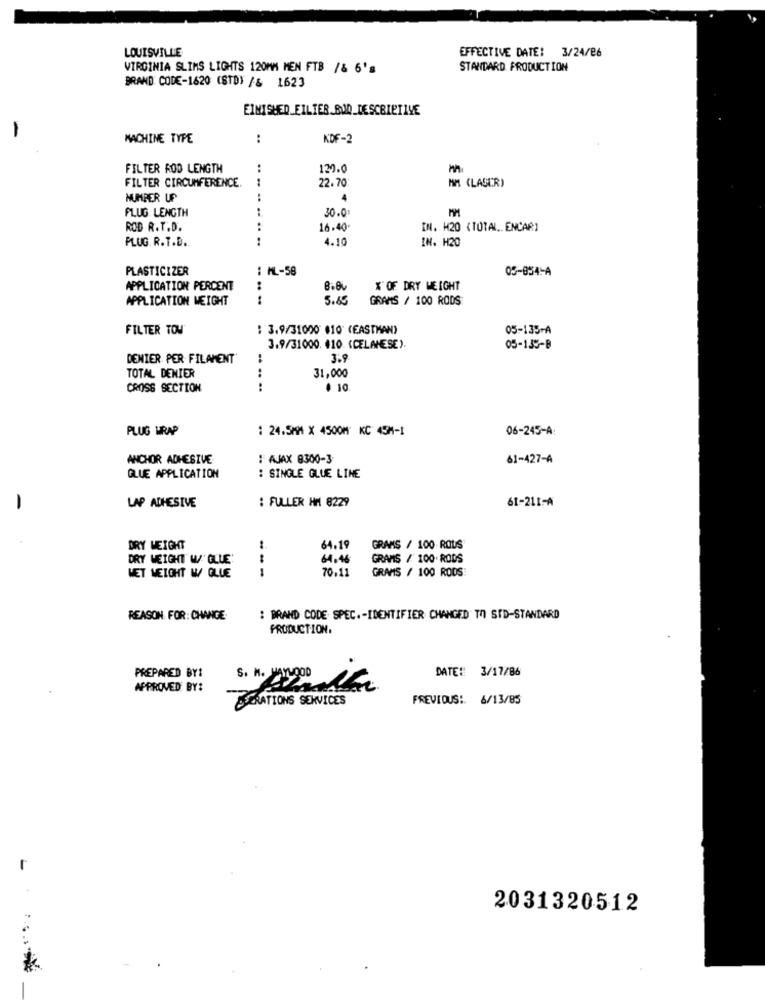
LOUISVILLE
EFFECTIVE DATE: 3/24/26
VIRGINIA SLIMS LIGHTS 120MM MEN FTB /& 6's
STANDARD PRODUCTION
BRAND CODE-1620 (STD) /& 1623
FINISHED_FILTER BUD_DESCRIPTIVE
-
MACHINE TYPE
:
KDF-2
FILTER ROD LENGTH
:
130.0
22.70
MM (LASER)
FILTER CIRCUMFERENCE.
NUMBER UP
PLUG. LENGTH
30.0
ROD R.T.D.
16.40
[N. H20 (TOTAL. ENCAR)
PLUG. R.T.D.
......
4.10
IN. H20
PLASTICIZER
: ML-58
05-854-A
APPLICATION PERCENT
..
X OF DRY WEIGHT
APPLICATION WEIGHT
5.65
GRAMS / 100 RODS
FILTER TOM
: 3.9/31000 $10 (EASTMAN)
05-135-A
3.9/31000. 410 (CELANESE).
05-135-8
DENIER PER FILAMENT
3.9
31,000
TOTAL DENIER
CROSS SECTION
.. .. ..
$ 10
PLUG WRAP
: 24.5MM × 4500M" KC 45M-1
06-245-A:
ANCHOR ADHESIVE
: AJAX 8300-3
61-427-A
GLUE APPLICATION
: SINGLE GLUE LINE
: FULLER HM 8229
61-211-A
-
LAP ADHESIVE
DRY WEIGHT
64.19
GRAMS / 100 ROUS
DRY WEIGHT W/' GLUE'
64.46
GRAMS / 100. RODS
NET WEIGHT W/ OLIE
70.11
GRAMS / 100 RODS
---
REASON FOR: CHANGE
: BRAND CODE SPEC .- IDENTIFIER CHANGED TO STD-STANDARD
PRODUCTION.
PREPARED BY:
DATE :: 3/17/86
S. M. 22000
APPROVED BY:
ESERATIONS SERVICES
FREVIOUS: 6/13/85
-
2031320512